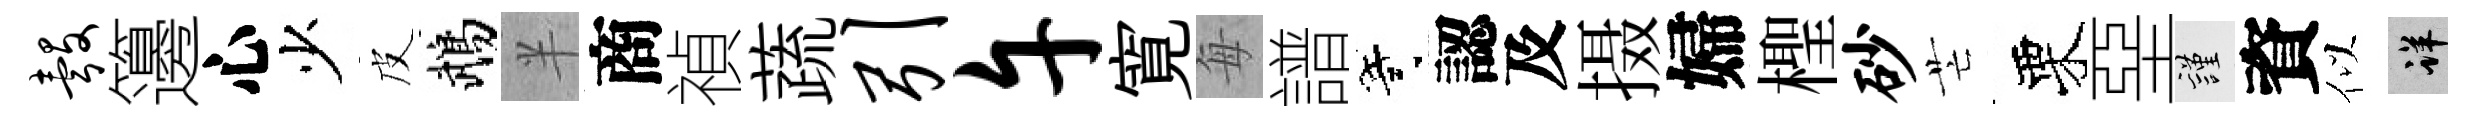
彀籩心少皮鵡半商禎蔬引午寛每譜寄認及摄婦檉砂芒栗堊謹資似详